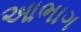
આભાગ